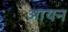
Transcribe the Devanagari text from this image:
अायन